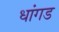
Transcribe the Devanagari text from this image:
धांगड